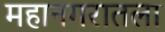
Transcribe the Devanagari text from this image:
महानगरातला